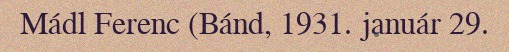
Mádl Ferenc (Bánd, 1931. január 29.